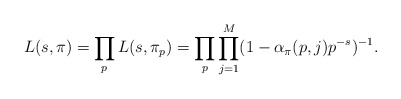
\begin{align*} L(s, \pi)=\prod_pL(s, \pi_p)=\prod_p\prod^M_{j=1}(1-\alpha_{\pi}(p, j)p^{-s})^{-1}.\end{align*}